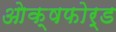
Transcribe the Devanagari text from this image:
ओक्षफोर्ड